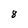
Character: 8